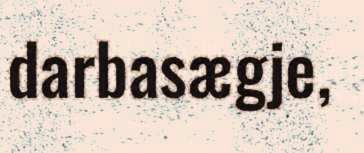
darbasægje,